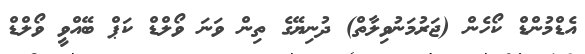
އެޑްމުންޑް ކޯހެން (ޖަރުމަނުވިލާތް) ދުނިޔޭގެ ތިން ވަނަ ވޯލްޑް ކަޕް ބޭއްވީ ވޯލްޑް